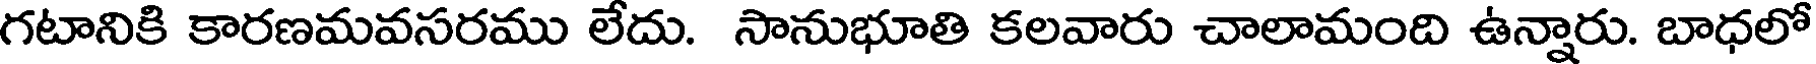
గటానికి కారణమవసరము లేదు. సానుభూతి కలవారు చాలామంది ఉన్నారు. బాధలో